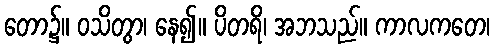
တော၌။ ဝသိတွာ၊ နေ၍။ ပိတရိ၊ အဘသည်။ ကာလကတေ၊